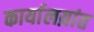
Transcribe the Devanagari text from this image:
कार्यालय़ांत